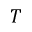
T